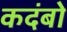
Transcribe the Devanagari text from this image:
कदंबो